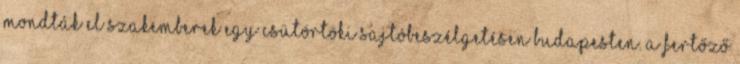
mondták el szakemberek egy csütörtöki sajtóbeszélgetésen Budapesten. A fertőző